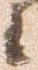
々